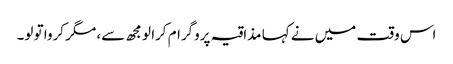
اس وقت میں نے کہا مذاقیہ پروگرام کرا لو مجھ سے، مگر کروا تو لو۔